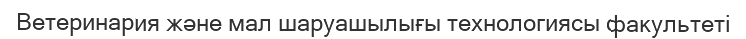
Ветеринария және мал шаруашылығы технологиясы факультеті